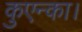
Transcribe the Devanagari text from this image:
कुएन्का।